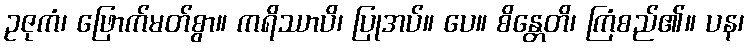
ဥဇုကံ၊ ဖြောက်မတ်စွာ။ ကရိဿာပိ၊ ပြုအပ်။ ပေ။ စိန္တေတိ၊ ကြံစည်၏။ ပန၊